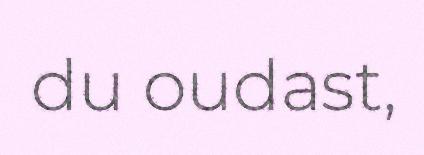
du oudast,